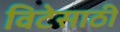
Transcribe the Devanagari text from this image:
विटेसाठी